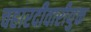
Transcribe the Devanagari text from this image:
चहारदीवारीयुक्त